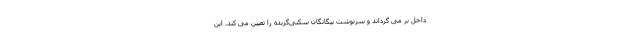
داخل بر می گرداند و سرنوشت بیگانگان سُکنی‌گزیده را تعیین می کند. این